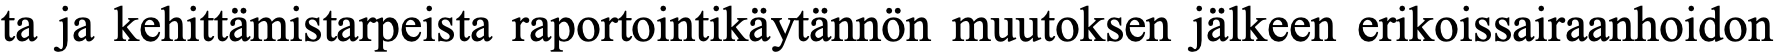
ta ja kehittämistarpeista raportointikäytännön muutoksen jälkeen erikoissairaanhoidon